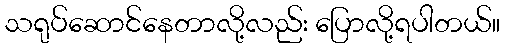
သရုပ်ဆောင်နေတာလို့လည်း ပြောလို့ရပါတယ်။